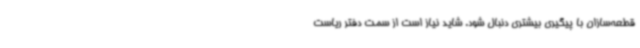
قطعه‌سازان با پیگیری بیشتری دنبال شود. شاید نیاز است از سمت دفتر ریاست